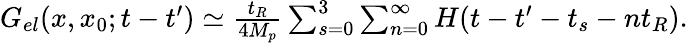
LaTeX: \begin{array}{r}{G_{el}(x,x_{0};t-t^{\prime})\simeq\frac{t_{R}}{4M_{p}}\sum_{s=0}^{3}\sum_{n=0}^{\infty}H(t-t^{\prime}-t_{s}-nt_{R}).}\end{array}